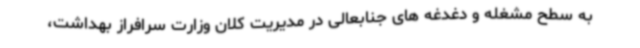
به سطح مشغله و دغدغه های جنابعالی در مدیریت کلان وزارت سرافراز بهداشت،